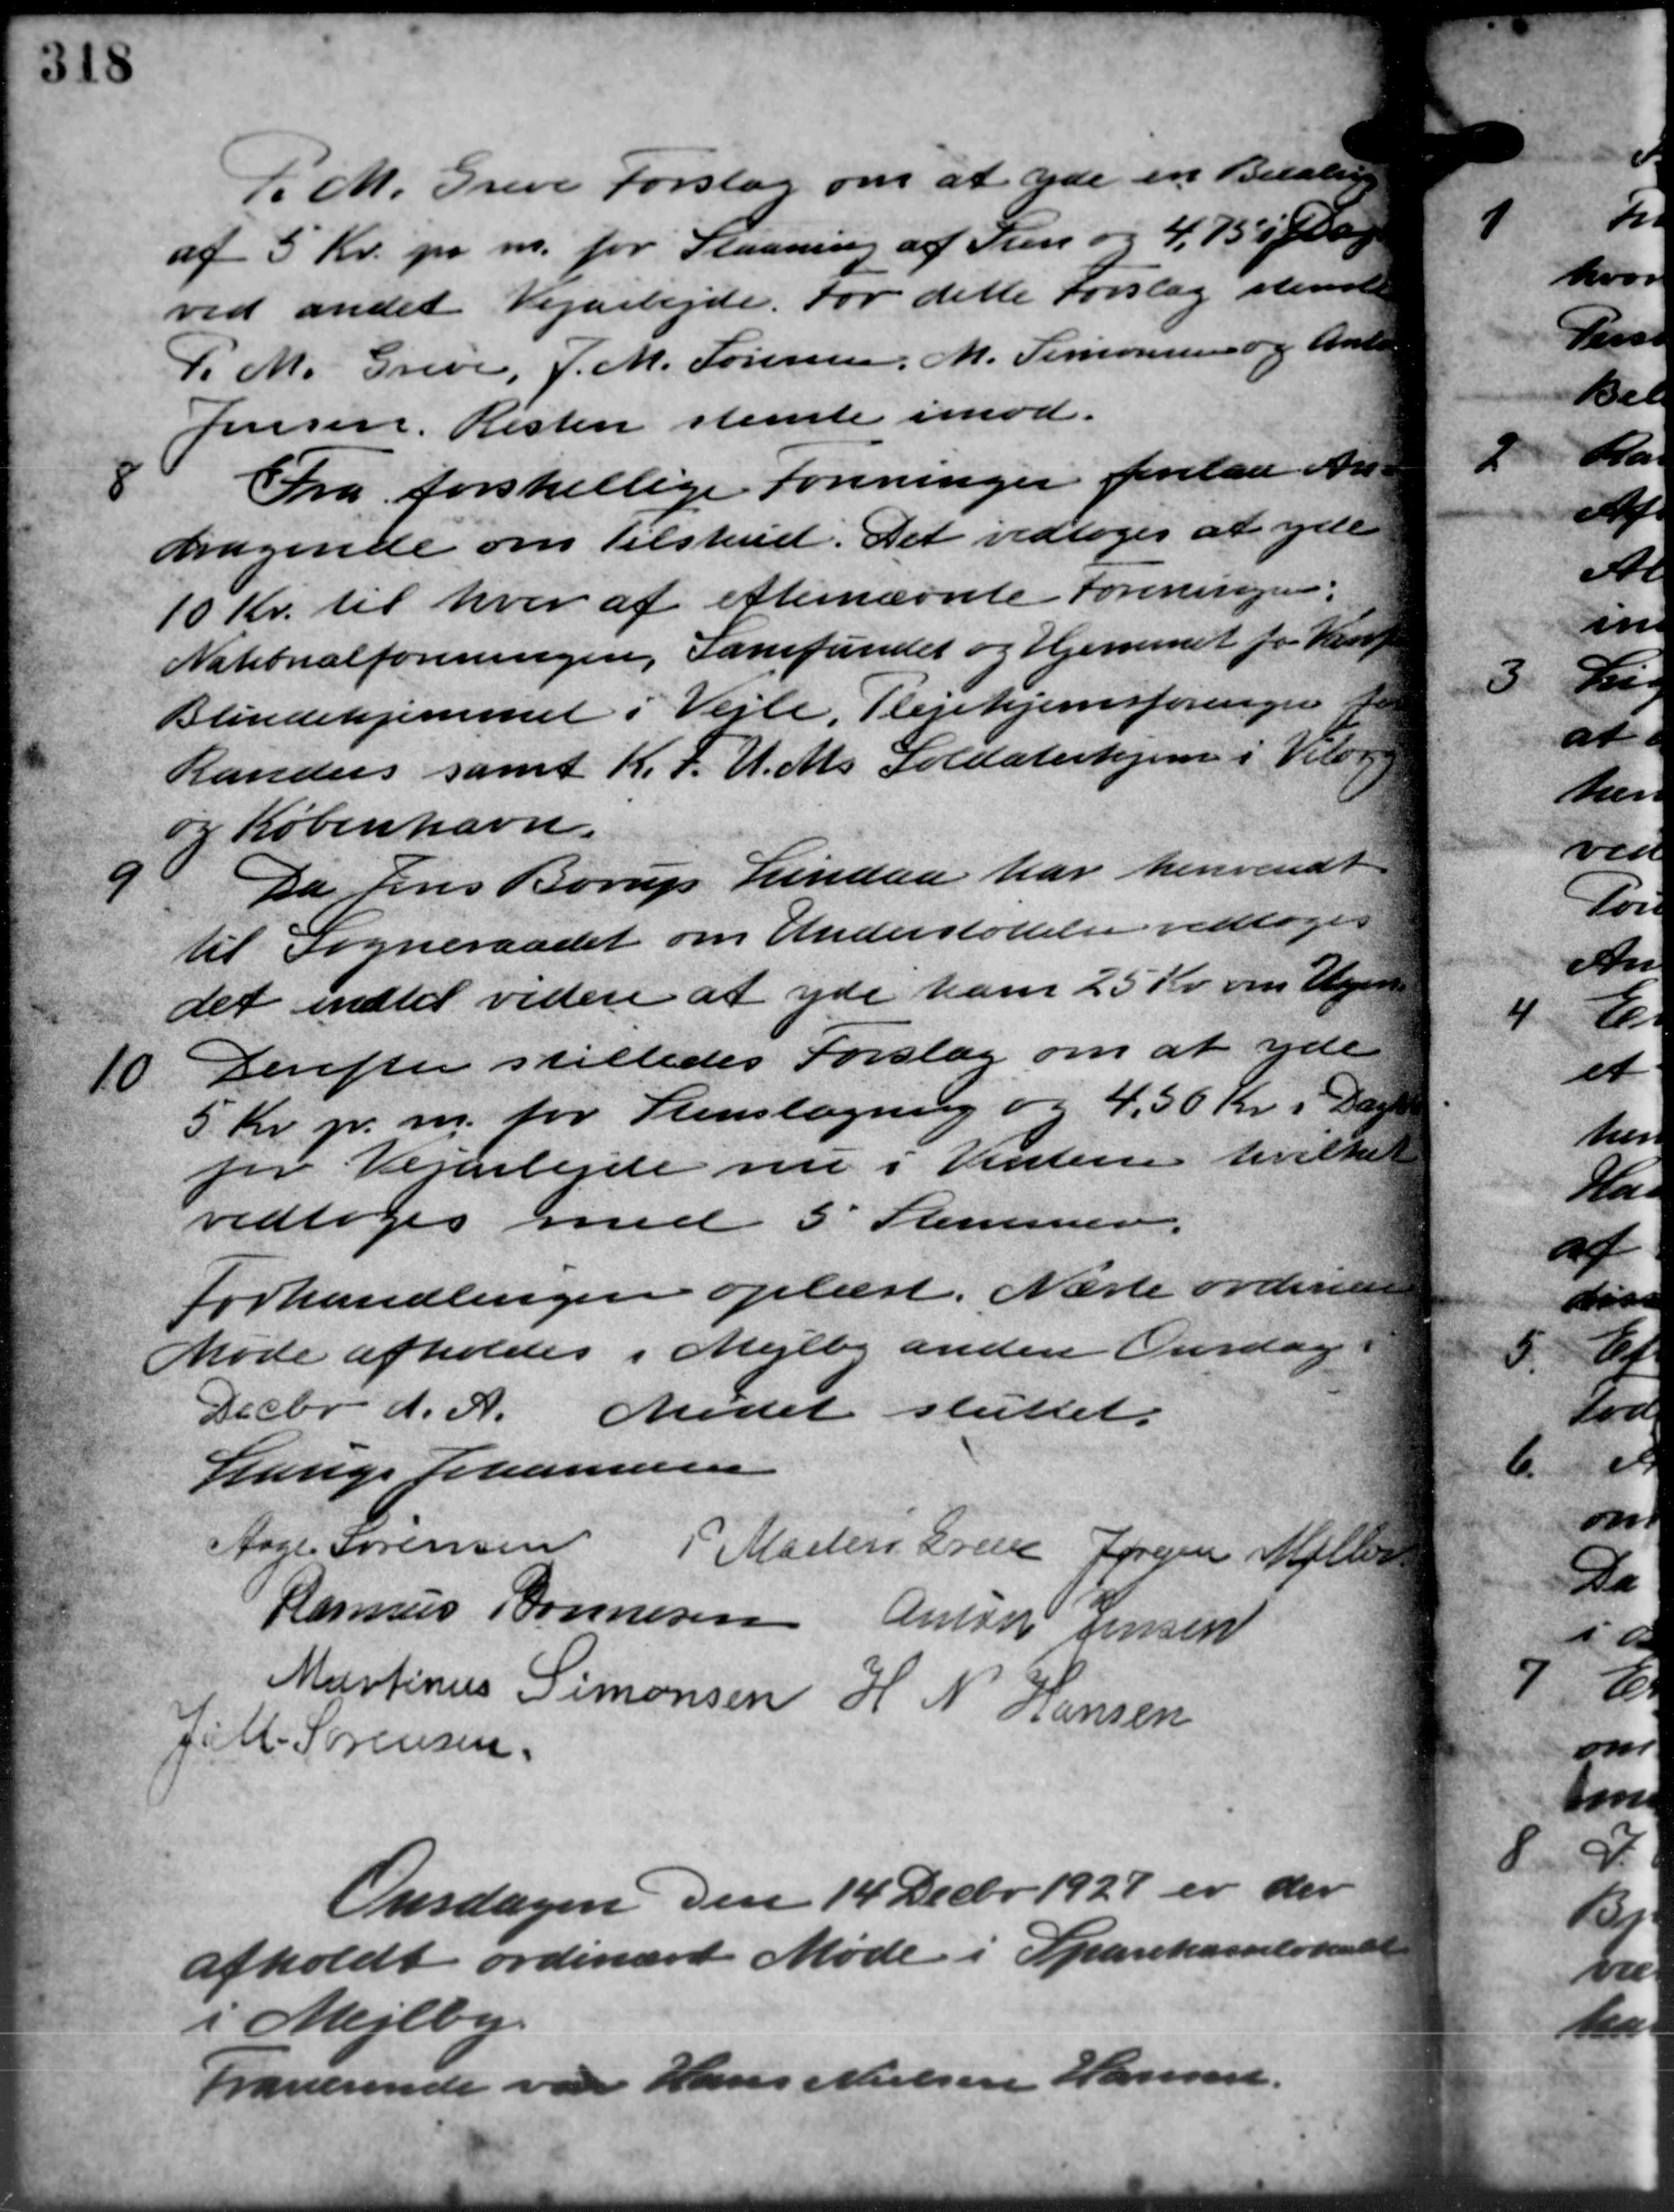
Transskription:
f. M. Greve Forslag om at yde en Betalin
af 5 Kr. pr. m. for Slaaning af Sten og 4,75 i Ja
ved andet Vejarbejde. For dette Forslag stemte
P. M. Greve, J. M. Sørensen, M. Simonsen og Anto
Jensen, Risten stemte imod.

Fra forskellige Foreninger forelaa An –
dragende om Tilskud. Det vedtoges at yde
10 Kr. til hver af efternævnte foreningen.
Nationalforeningen, Samfundet og Hjemmet for Herre
Blindehjemmet i Vejle, Plejehjemsforeningen fr
Randers samt K.F.U.Ms Soldaterhjem i Vilb. 19
og København.
9
Da Jens Borup Lindaa har henvendt
til Sogneraadet om Understøttelse vedtoges
det indtil videre at yde ham 25 Kr. om Vejen
10
Derefter stilledes Forslag om at yde
5 Kr. pr. m. for Stenslagning og 4,50 Kr. i Dag
for Vejarbejde nu i Vinteren hvilke
vedtoges med 5 Stemmer.
Forhandlingen oplæst. Næste ordinære
Møde afholdes i Mejlby anden Onsdag
Decbr d. A. Mødet sluttet.
Lauge Johannesen
Aage Sørensen P. Maders Eree Jørgen Møller
Rasmus Bonnesen Anton Jensen
Martinus Simonsen H N Hansen
Jill. Sørensen
Onsdagen den 14 Decbr. 1927 er der
afholdt ordinært Møde i Sparekasselokalet
i Mejlby.
Traværende var Hans Nielsen Hansen.